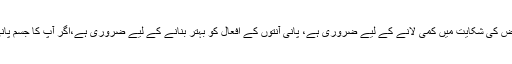
پانی فائبر اور ورزش کے ساتھ ساتھ مناسب مقدار میں پانی پینا بھی قبض کی شکایت میں کمی لانے کے لیے ضروری ہے، پانی آنتوں کے افعال کو بہتر بنانے کے لیے ضروری ہے،اگر آپ کا جسم پانی کی کمی کا شکار ہوگا تو قبض کا خطرہ بھی اتنا زیادہ بڑھ جائے گا۔